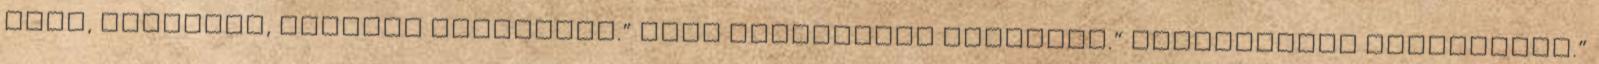
volt, kellemes, világos környezet.” „Nem emlékeztet kórházra.” „Barátságos atmoszféra.”